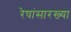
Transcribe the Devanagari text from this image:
रेषांसारख्या